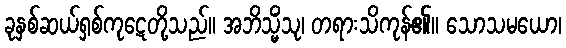
ခုနှစ်ဆယ်ရှစ်ကုဋေတို့သည်။ အဘိသ္မိံသု၊ တရားသိကုန်၏။ သောသမယော၊